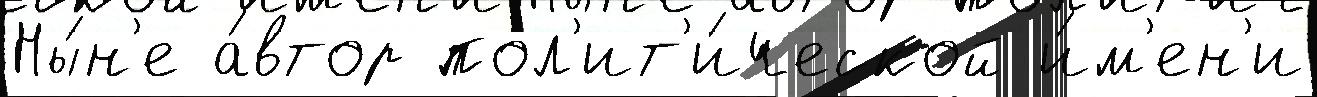
Ны́н'е а́втор пол'ит'и́ческой и́м'ен'и